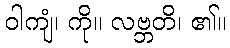
ဝါကျံ၊ ကို။ လဗ္ဘတိ၊ ၏။